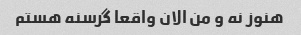
هنوز نه و من الان واقعا گرسنه هستم